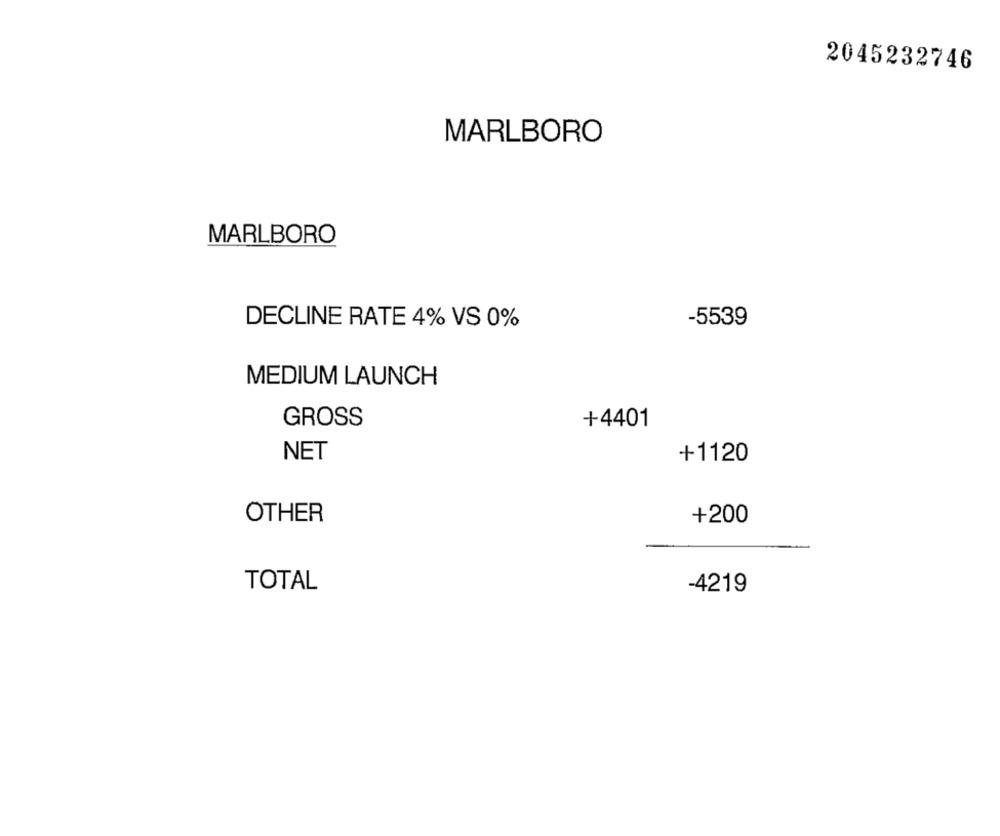
2045232746
MARLBORO
MARLBORO
DECLINE RATE 4% VS 0%
-5539
MEDIUM LAUNCH
GROSS
+4401
NET
+1120
OTHER
+200
TOTAL
-4219